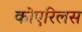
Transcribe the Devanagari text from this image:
कोएरिलस